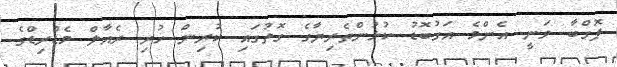
ޕޮގްބާ ވަނީ އެންމެ އަގުބޮޑު ކުޅުންތެރިޔާގެ ގޮތުގައި ކުރިން ހުރި ރެއާލް މެޑްރިޑްގެ